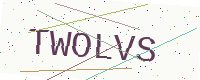
Text: TWOLVS